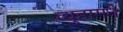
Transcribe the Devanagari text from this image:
व्युहामधे